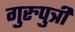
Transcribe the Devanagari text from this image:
गुरुपुत्री